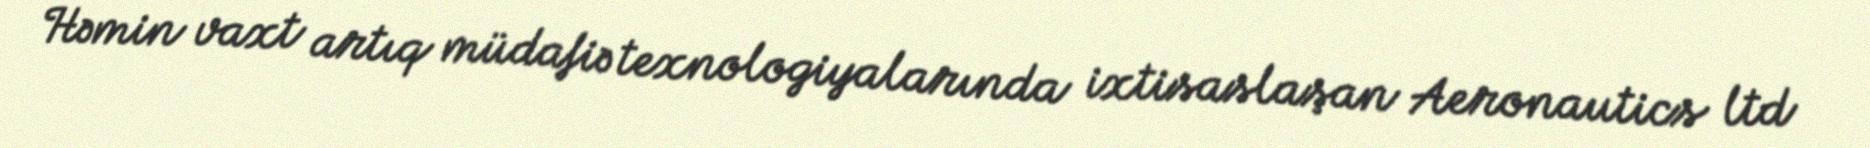
Həmin vaxt artıq müdafiə texnologiyalarında ixtisaslaşan Aeronautics ltd